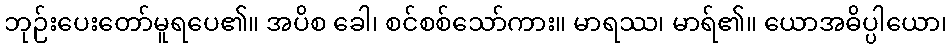
ဘုဉ်းပေးတော်မူရပေ၏။ အပိစ ခေါ၊ စင်စစ်သော်ကား။ မာရဿ၊ မာရ်၏။ ယောအဓိပ္ပါယော၊